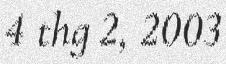
4 thg 2, 2003